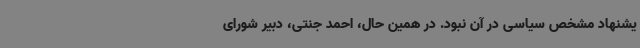
یشنهاد مشخص سیاسی در آن نبود. در همین حال، احمد جنتی، دبیر شورای